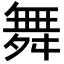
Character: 舞